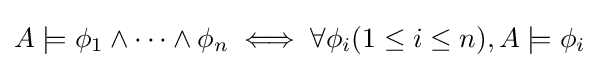
A\models \phi _{1}\land \dots \land \phi _{n}\iff \forall \phi _{i}(1\leq i\leq n),A\models \phi _{i}